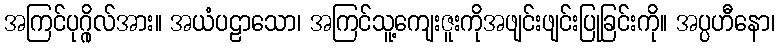
အကြင်ပုဂ္ဂိုလ်အား။ အယံပဠာသော၊ အကြင်သူ့ကျေးဇူးကိုအဖျင်းဖျင်းပြုခြင်းကို။ အပ္ပဟီနော၊